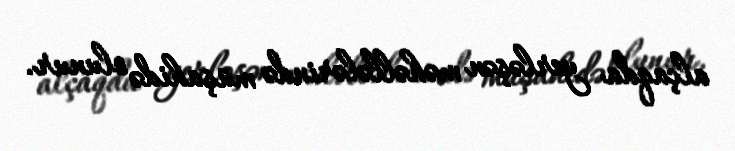
alçaqda yerləşən məhəllələrində müşahidə olunur.